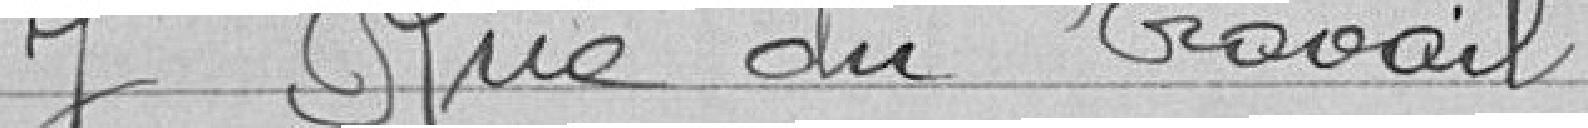
7 Rue du Travail